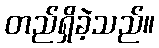
တည်ရှိခဲ့သည်။